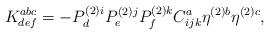
LaTeX: \begin{align*}K_{def}^{abc}=-P_{d}^{(2)i}P_{e}^{(2)j}P_{f}^{(2)k}C_{ijk}^{a}\eta^{(2)b}\eta ^{(2)c}, \end{align*}